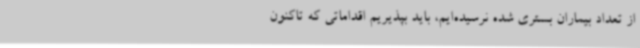
از تعداد بیماران بستری شده نرسیده‌ایم، باید بپذیریم اقداماتی که تاکنون